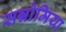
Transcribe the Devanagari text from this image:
सन्नोमिया